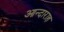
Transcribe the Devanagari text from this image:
आन्दाराह